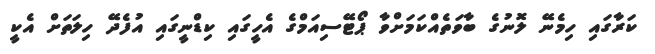
ކަރާގައި ހިމެނޭ ލޮނުގެ ބާވަތެއްކަމަށްވާ ޕޯޓޭސިއަމްގެ އެހީގައި ކިޑްނީގައި އުފެދޭ ހިލަތަށް އެކީ